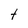
Character: t